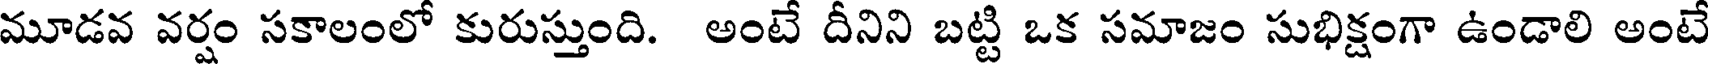
మూడవ వర్షం సకాలంలో కురుస్తుంది. అంటే దీనిని బట్టి ఒక సమాజం సుభిక్షంగా ఉండాలి అంటే